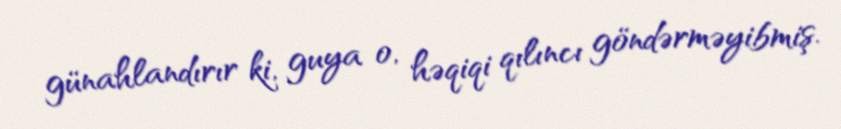
günahlandırır ki, guya o, həqiqi qılıncı göndərməyibmiş.